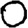
Digit: 0